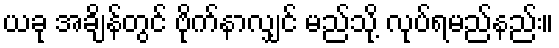
ယခု အချိန်တွင် ဗိုက်နာလျှင် မည်သို့ လုပ်ရမည်နည်း။